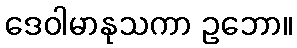
ဒေဝါမာနုသကာ ဥဘော။